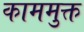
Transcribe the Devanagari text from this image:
काममुक्त